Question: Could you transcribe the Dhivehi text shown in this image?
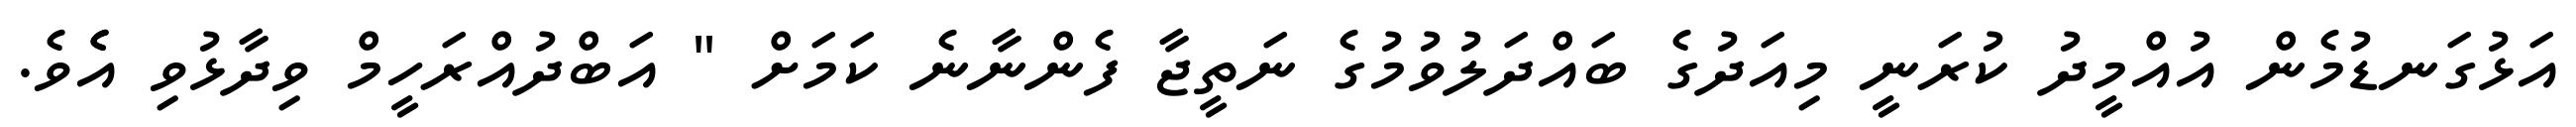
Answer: އަޅުގަނޑުމެން އުއްމީދު ކުރަނީ މިއަދުގެ ބައްދަލުވުމުގެ ނަތީޖާ ފެންނާނެ ކަމަށް " އަބްދުއްރަހީމް ވިދާޅުވި އެެވެ.